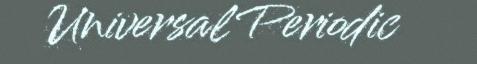
Universal Periodic